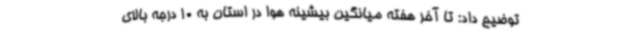
توضیح داد: تا آخر هفته میانگین بیشینه هوا در استان به 10 درجه بالای